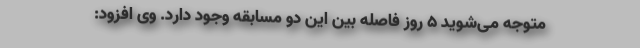
متوجه می‌شوید 5 روز فاصله بین این دو مسابقه وجود دارد. وی افزود:‌